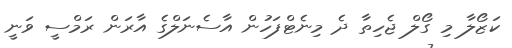
ކަޒޯލާ މި ގޯލް ޖެހިތާ ދެ މިނެޓްފަހުން އާސެނަލްގެ އާރަން ރަމްސީ ވަނީ